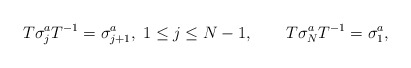
\begin{align*}T\sigma_{j}^{a}T^{-1}=\sigma_{j+1}^{a},\; 1\le j\le N-1,\qquad T\sigma_{N}^{a}T^{-1}=\sigma_{1}^{a},\end{align*}